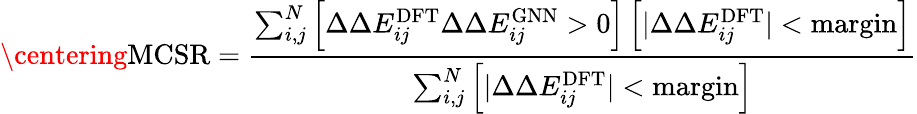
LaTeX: \centering\mathrm{MCSR}=\frac{\sum_{i,j}^{N}\left[\Delta\Delta E_{ij}^{\mathrm{DFT}}\Delta\Delta E_{ij}^{\mathrm{GNN}}>0\right]\left[\lvert\Delta\Delta E_{ij}^{\mathrm{DFT}}\rvert<\mathrm{margin}\right]}{\sum_{i,j}^{N}\left[\lvert\Delta\Delta E_{ij}^{\mathrm{DFT}}\rvert<\mathrm{margin}\right]}